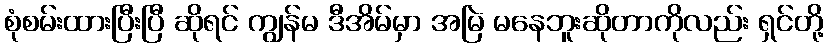
စုံစမ်းထားပြီးပြီ ဆိုရင် ကျွန်မ ဒီအိမ်မှာ အမြဲ မနေဘူးဆိုတာကိုလည်း ရှင်တို့